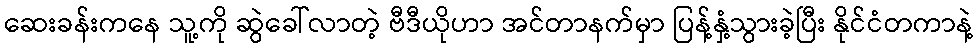
ဆေးခန်းကနေ သူ့ကို ဆွဲခေါ်လာတဲ့ ဗီဒီယိုဟာ အင်တာနက်မှာ ပြန့်နှံ့သွားခဲ့ပြီး နိုင်ငံတကာနဲ့